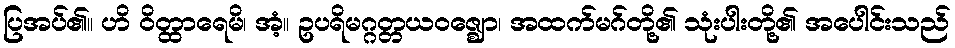
ပြအပ်၏။ ဟိ ဝိတ္ထာရေမိ၊ အံ့။ ဥပရိမဂ္ဂတ္တယဝဇ္ဈော၊ အထက်မဂ်တို့၏ သုံးပါးတို့၏ အပေါင်းသည်